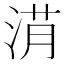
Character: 𣷎